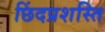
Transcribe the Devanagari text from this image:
छिंदप्रशस्ति